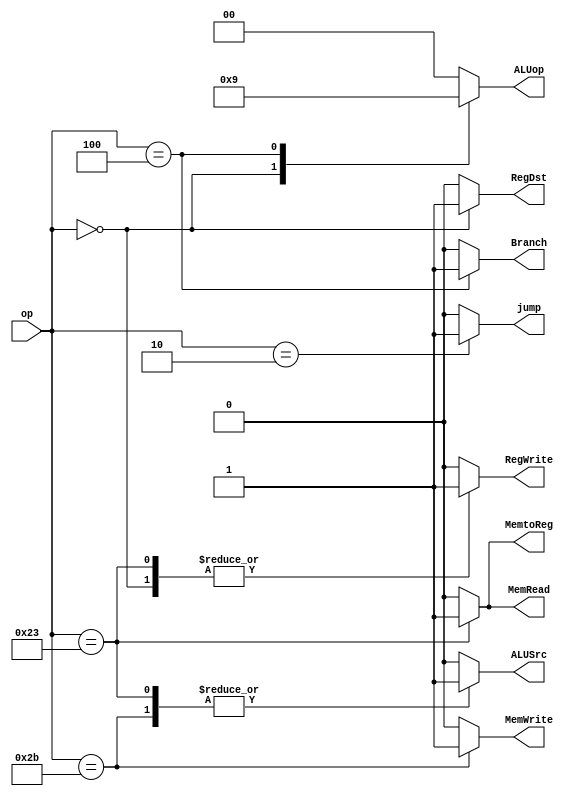
`timescale 1ns / 1ps
//////////////////////////////////////////////////////////////////////////////////
// Company: 
// Engineer: 
// 
// Design Name: 
// Module Name: MCU
// Project Name: 
// Target Devices: 
// Tool Versions: 
// Description: 
// 
// Dependencies: 
// 
// Revision:
// Revision 0.01 - File Created
// Additional Comments:
// 
//////////////////////////////////////////////////////////////////////////////////


module MCU(op,RegDst,jump,Branch,MemRead,
 MemtoReg,ALUop,MemWrite,ALUSrc,RegWrite);
     input [5:0] op;
     output reg RegDst,jump,Branch,MemtoReg,ALUSrc,RegWrite,MemWrite,MemRead;
     output reg [1:0] ALUop;
     always@(*)
     begin
      case(op)
      //R
      6'b000000:begin 
      RegDst <= 1; jump <= 0; ALUop <= 2'b10;
      Branch <= 0; MemtoReg <= 0; RegWrite <= 1;
      MemWrite <= 0; MemRead <= 0; ALUSrc <= 0;end
      //Ilw
      6'b100011:begin
      RegDst <= 0; jump <= 0; ALUop <= 2'b00;
      Branch <= 0; MemtoReg <= 1; RegWrite <= 1;
      MemWrite <= 0; MemRead <= 1; ALUSrc <= 1;end
      //Isw
      6'b101011:begin
      RegDst <= 0; jump <= 0; ALUop <= 2'b00;
      Branch <= 0; MemtoReg <= 0; RegWrite <= 0;
      MemWrite <= 1; MemRead <= 0; ALUSrc <= 1;end
      //Ibeq
      6'b000100:begin
      RegDst <= 0; jump <= 0; ALUop <= 2'b01;
      Branch <= 1; MemtoReg <= 0; RegWrite <= 0;
      MemWrite <= 0; MemRead <= 0; ALUSrc <= 0;end
      //J
      6'b000010:begin
      RegDst <= 0; jump <= 1; ALUop <= 0;
      Branch <= 0; MemtoReg <= 0; RegWrite <= 0;
      MemWrite <= 0; MemRead <= 0; ALUSrc <= 0;end
      default:begin
      RegDst <= 0; jump <= 0; ALUop <= 0;
      Branch <= 0; MemtoReg <= 0; RegWrite <= 0;
      MemWrite <= 0; MemRead <= 0; ALUSrc <= 0;end
      endcase
     end
endmodule